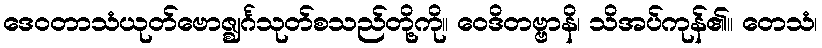
ဒေဝတာသံယုတ်ဗောဇ္ဈင်္ဂသုတ်စသည်တို့ကို။ ဝေဒိတဗ္ဗာနိ၊ သိအပ်ကုန်၏။ တေသံ၊